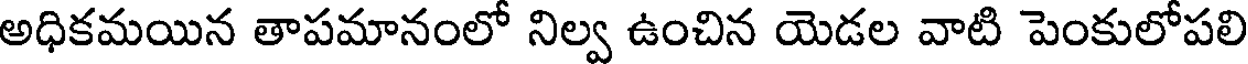
అధికమయిన తాపమానంలో నిల్వ ఉంచిన యెడల వాటి పెంకులోపలి